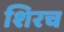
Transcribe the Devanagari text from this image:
शिरच